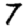
Digit: 7